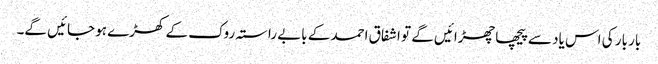
بار بار کی اس یاد سے پیچھا چھڑائیں گے تو اشفاق احمد کے بابے راستہ روک کے کھڑے ہو جائیں گے۔